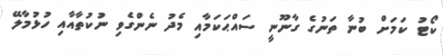
ކޯޓު ކަމަށް ބުނާ ތަނުގެ ގާނޫނީ ސައްޙަކަމާއި މެދު ނެންގެވި ނުކުތާއާއި ހުޅުމާލޭ